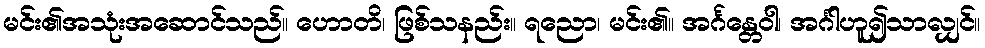
မင်း၏အသုံးအဆောင်သည်။ ဟောတိ၊ ဖြစ်သနည်း။ ရညော၊ မင်း၏။ အင်္ဂန္တေဝါ၊ အင်္ဂါဟူ၍သာလျှင်။